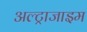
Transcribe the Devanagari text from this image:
अल्ट्राजाइम